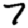
Digit: 7